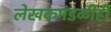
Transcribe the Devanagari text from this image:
लेखकमंडळीही